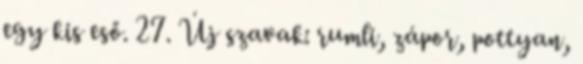
egy kis eső. 27. Új szavak: rumli, zápor, pottyan,